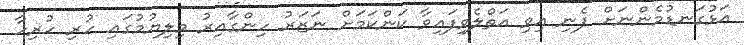
އަޅުގަނޑުމެންނަށް ފެނި އިވި އަތްލެވިފައިވާ ކަންކަމަށް ނަޒަރު ހިންގާއިރު މިލިޔުމުގައި ހުރި ހުރިހާ